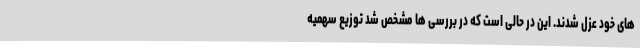
های خود عزل شدند. این در حالی است که در بررسی ها مشخص شد توزیع سهمیه